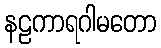
နဠကာရဂါမတော